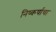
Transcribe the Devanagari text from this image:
निष्कर्षाचा